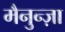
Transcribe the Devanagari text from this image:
मैनुन्ज़ा